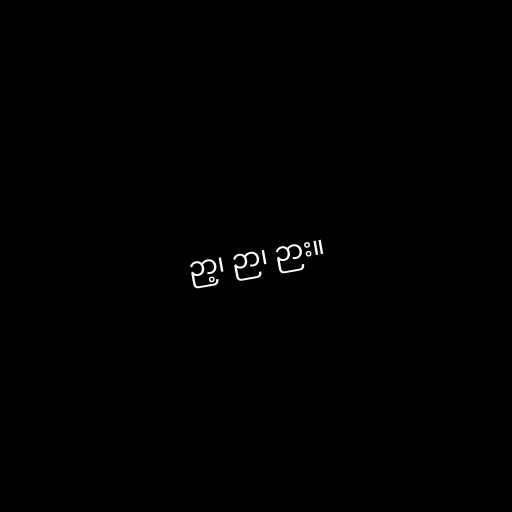
ဉာ့၊ ဉာ၊ ဉား။